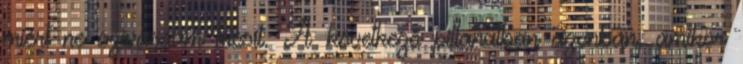
miért ne szívassam kicsit. A következő pillanatban azonban, amikor